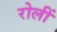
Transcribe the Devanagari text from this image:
रोलीं